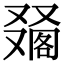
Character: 𠮀